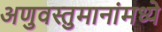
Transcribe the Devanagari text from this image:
अणुवस्तुमानांमध्ये